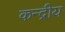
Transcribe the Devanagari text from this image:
कन्द्रीय